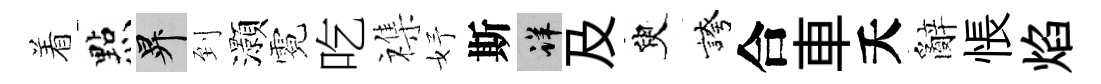
着㸃升到灝霓吃襍妤斯详及臾誇合車夭辭悵焰